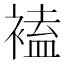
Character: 𧛾